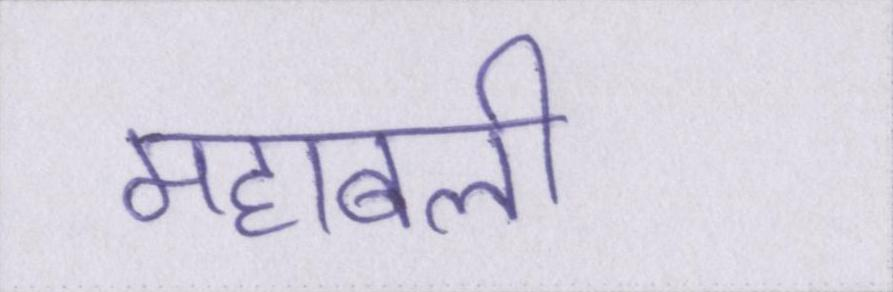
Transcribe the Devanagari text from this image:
महाबली